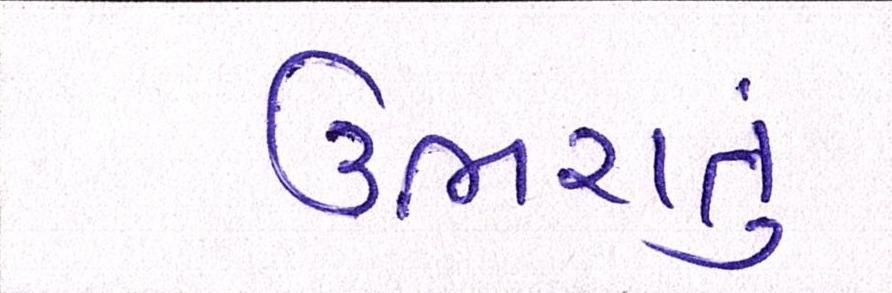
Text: ઉભરાતું